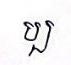
ប្ប